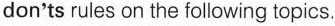
don'ts rules on the following topics.